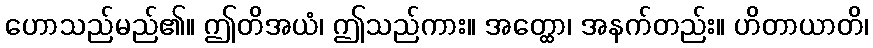
ဟောသည်မည်၏။ ဤတိအယံ၊ ဤသည်ကား။ အတ္ထော၊ အနက်တည်း။ ဟိတာယာတိ၊